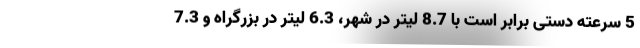
5 سرعته دستی برابر است با 8.7 لیتر در شهر، 6.3 لیتر در بزرگراه و 7.3